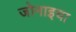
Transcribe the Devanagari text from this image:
जोनाइचा